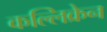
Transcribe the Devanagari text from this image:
कल्लिक्रेन